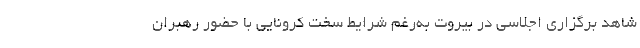
شاهد برگزاری اجلاسی در بیروت به‌رغم شرایط سخت کرونایی با حضور رهبران